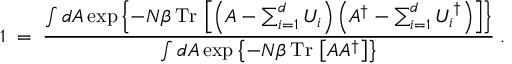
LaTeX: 1 \; = \; { \frac { \int d A \exp \left\{ - N \beta \, \mathrm { T r } \, \left[ \left( A - \sum _ { i = 1 } ^ { d } U _ { i } \right) \left( A ^ { \dagger } - \sum _ { i = 1 } ^ { d } U _ { i } ^ { \dagger } \right) \right] \right\} } { \int d A \exp \left\{ - N \beta \, \mathrm { T r } \, \left[ A A ^ { \dagger } \right] \right\} } } \; .